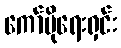
ကော်ပိုရေးရှင်း